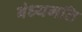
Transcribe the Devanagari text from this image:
बंध्यगति